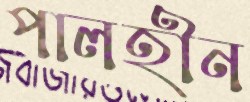
পালহীন